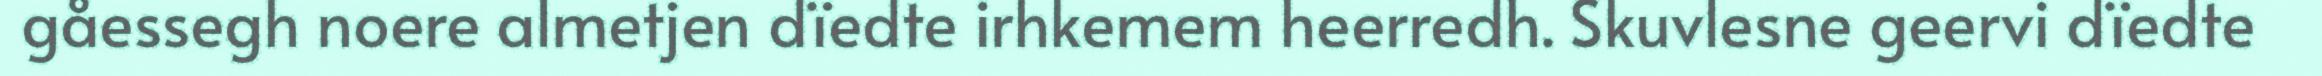
gåessegh noere almetjen dïedte irhkemem heerredh. Skuvlesne geervi dïedte